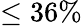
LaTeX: \leq 36\%